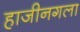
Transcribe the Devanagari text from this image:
हाजीनगला